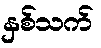
နှစ်သက်